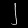
Digit: ၂